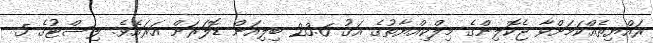
ރައްޔިތެއްކަމަށްވާ ޖެކޮލިންގެ މިލްކިއްޔާތުގެ އަގު 23.6 ބިލިއަން ޑޮލަރަށް އަރައެވެ. ލިސްޓުގެ 5